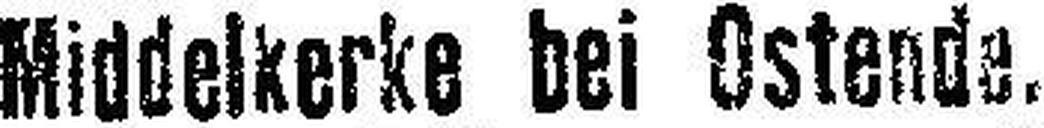
Middelkerke bei Ostende.